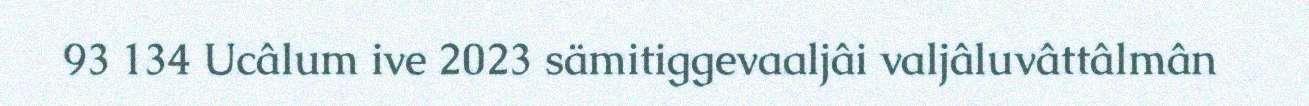
93 134 Ucâlum ive 2023 sämitiggevaaljâi valjâluvâttâlmân